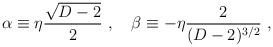
LaTeX: \begin{align*}\alpha\equiv\eta{\sqrt{D-2}\over 2}~,~~~\beta\equiv-\eta {2\over (D-2)^{3/2}}~,\end{align*}